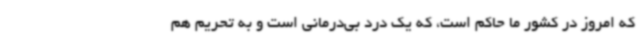
که امروز در کشور ما حاکم است، که یک درد بی‌درمانی است و به تحریم هم